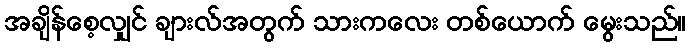
အချိန်စေ့လျှင် ချားလ်အတွက် သားကလေး တစ်ယောက် မွေးသည်။